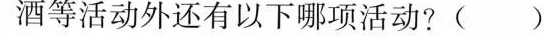
酒等活动外还有以下哪项活动? ( )